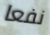
نفعا